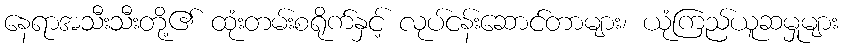
နေရာအသီးသီးတို့၏ ထုံးတမ်းစရိုက်နှင့် လုပ်ငန်းဆောင်တာများ၊ ယုံကြည်ယူဆမှုများ